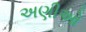
અણીઓ